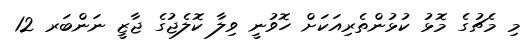
މި މެޗުގެ މޮޅު ކުޅުންތެރިއަކަށް ހޮވުނީ ވިލާ ކޮލެޖުގެ ޖާޒީ ނަންބަރ 12